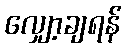
လျှော့ချရန်